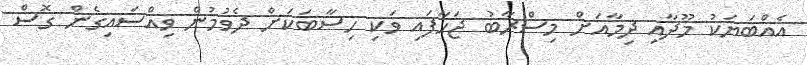
އެއްބަޔަކު މޫދާއި ދިމާއަށް މިސްރާބު ޖަހާފައި ވަކި ހިސާބަކަށް ދެވުމުން ވިއްސައިގެން ގޮސް